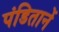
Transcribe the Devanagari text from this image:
पंडितानें